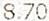
8.70